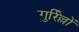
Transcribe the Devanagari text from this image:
गुर्रिल्लों